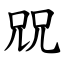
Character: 㒭